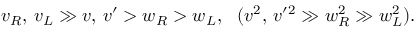
v _ { R } , \, v _ { L } \gg v , \, v ^ { \prime } > w _ { R } > w _ { L } , \ \ ( v ^ { 2 } , \, v ^ { \prime } { } ^ { 2 } \gg w _ { R } ^ { 2 } \gg w _ { L } ^ { 2 } ) .